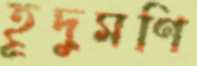
হূদুমণি